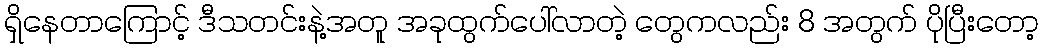
ရှိနေတာကြောင့် ဒီသတင်းနဲ့အတူ အခုထွက်ပေါ်လာတဲ့ တွေကလည်း 8 အတွက် ပိုပြီးတော့